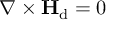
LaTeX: \nabla \times \mathbf { H } _ { \mathrm { d } } = 0